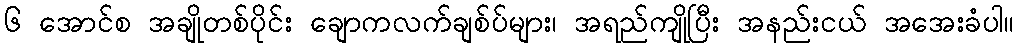
၆ အောင်စ အချိုတစ်ပိုင်း ချောကလက်ချစ်ပ်များ၊ အရည်ကျိုပြီး အနည်းငယ် အအေးခံပါ။